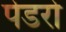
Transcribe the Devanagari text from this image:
पेडरो